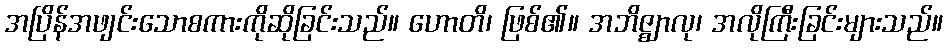
အပြိန်အဖျင်းသောစကားကိုဆိုခြင်းသည်။ ဟောတိ၊ ဖြစ်၏။ အဘိဇ္ဈာလု၊ အလိုကြီးခြင်းများသည်။